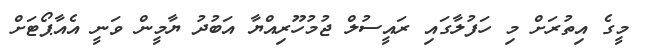
މީގެ އިތުރަށް މި ހަފުލާގައި ރައީސުލް ޖުމުހޫރިއްޔާ އަބުދު ޔާމީން ވަނީ އެއާޕޯޓަށް